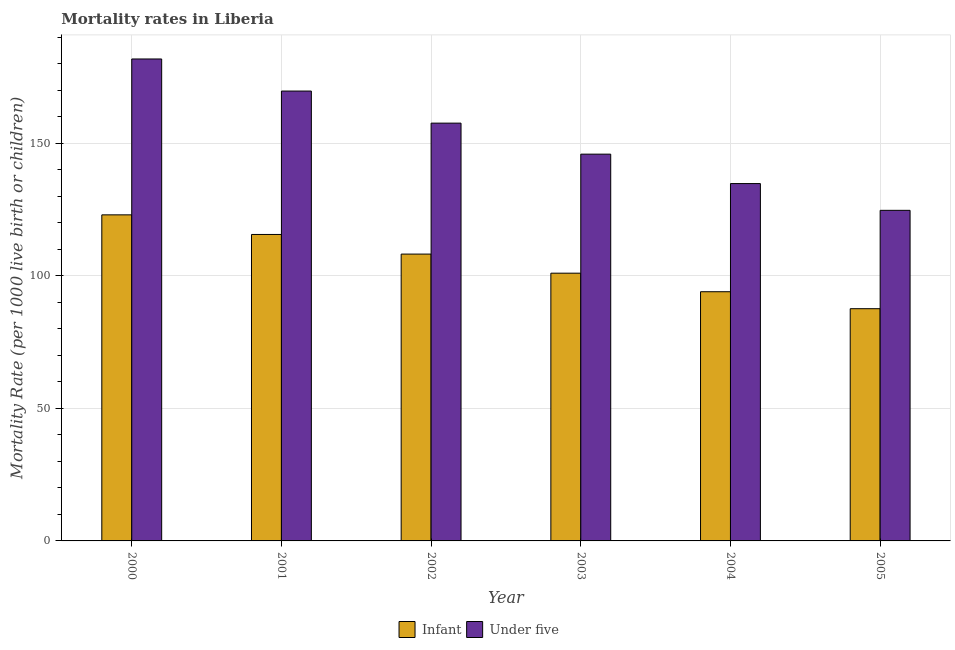
| Year | Infant | Under five |
 | --- | --- | --- |
 | 2000 | 123 | 182 |
 | 2001 | 116 | 170 |
 | 2002 | 108 | 158 |
 | 2003 | 101 | 146 |
 | 2004 | 94 | 135 |
 | 2005 | 87.6 | 125 |